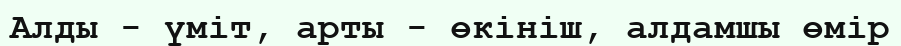
Алды - үміт, арты - өкініш, алдамшы өмір